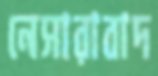
নেসারাবাদ